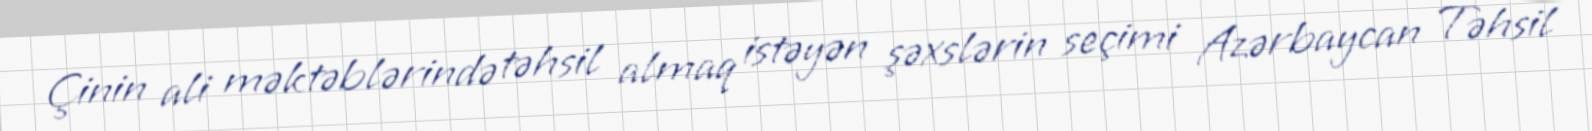
Çinin ali məktəblərində təhsil almaq istəyən şəxslərin seçimi Azərbaycan Təhsil